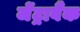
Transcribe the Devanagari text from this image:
जेंट्राबैंक